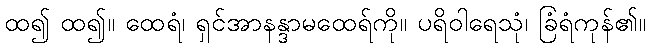
ထ၍ ထ၍။ ထေရံ၊ ရှင်အာနန္ဒာမထေရ်ကို။ ပရိဝါရေသုံ၊ ခြံရံကုန်၏။